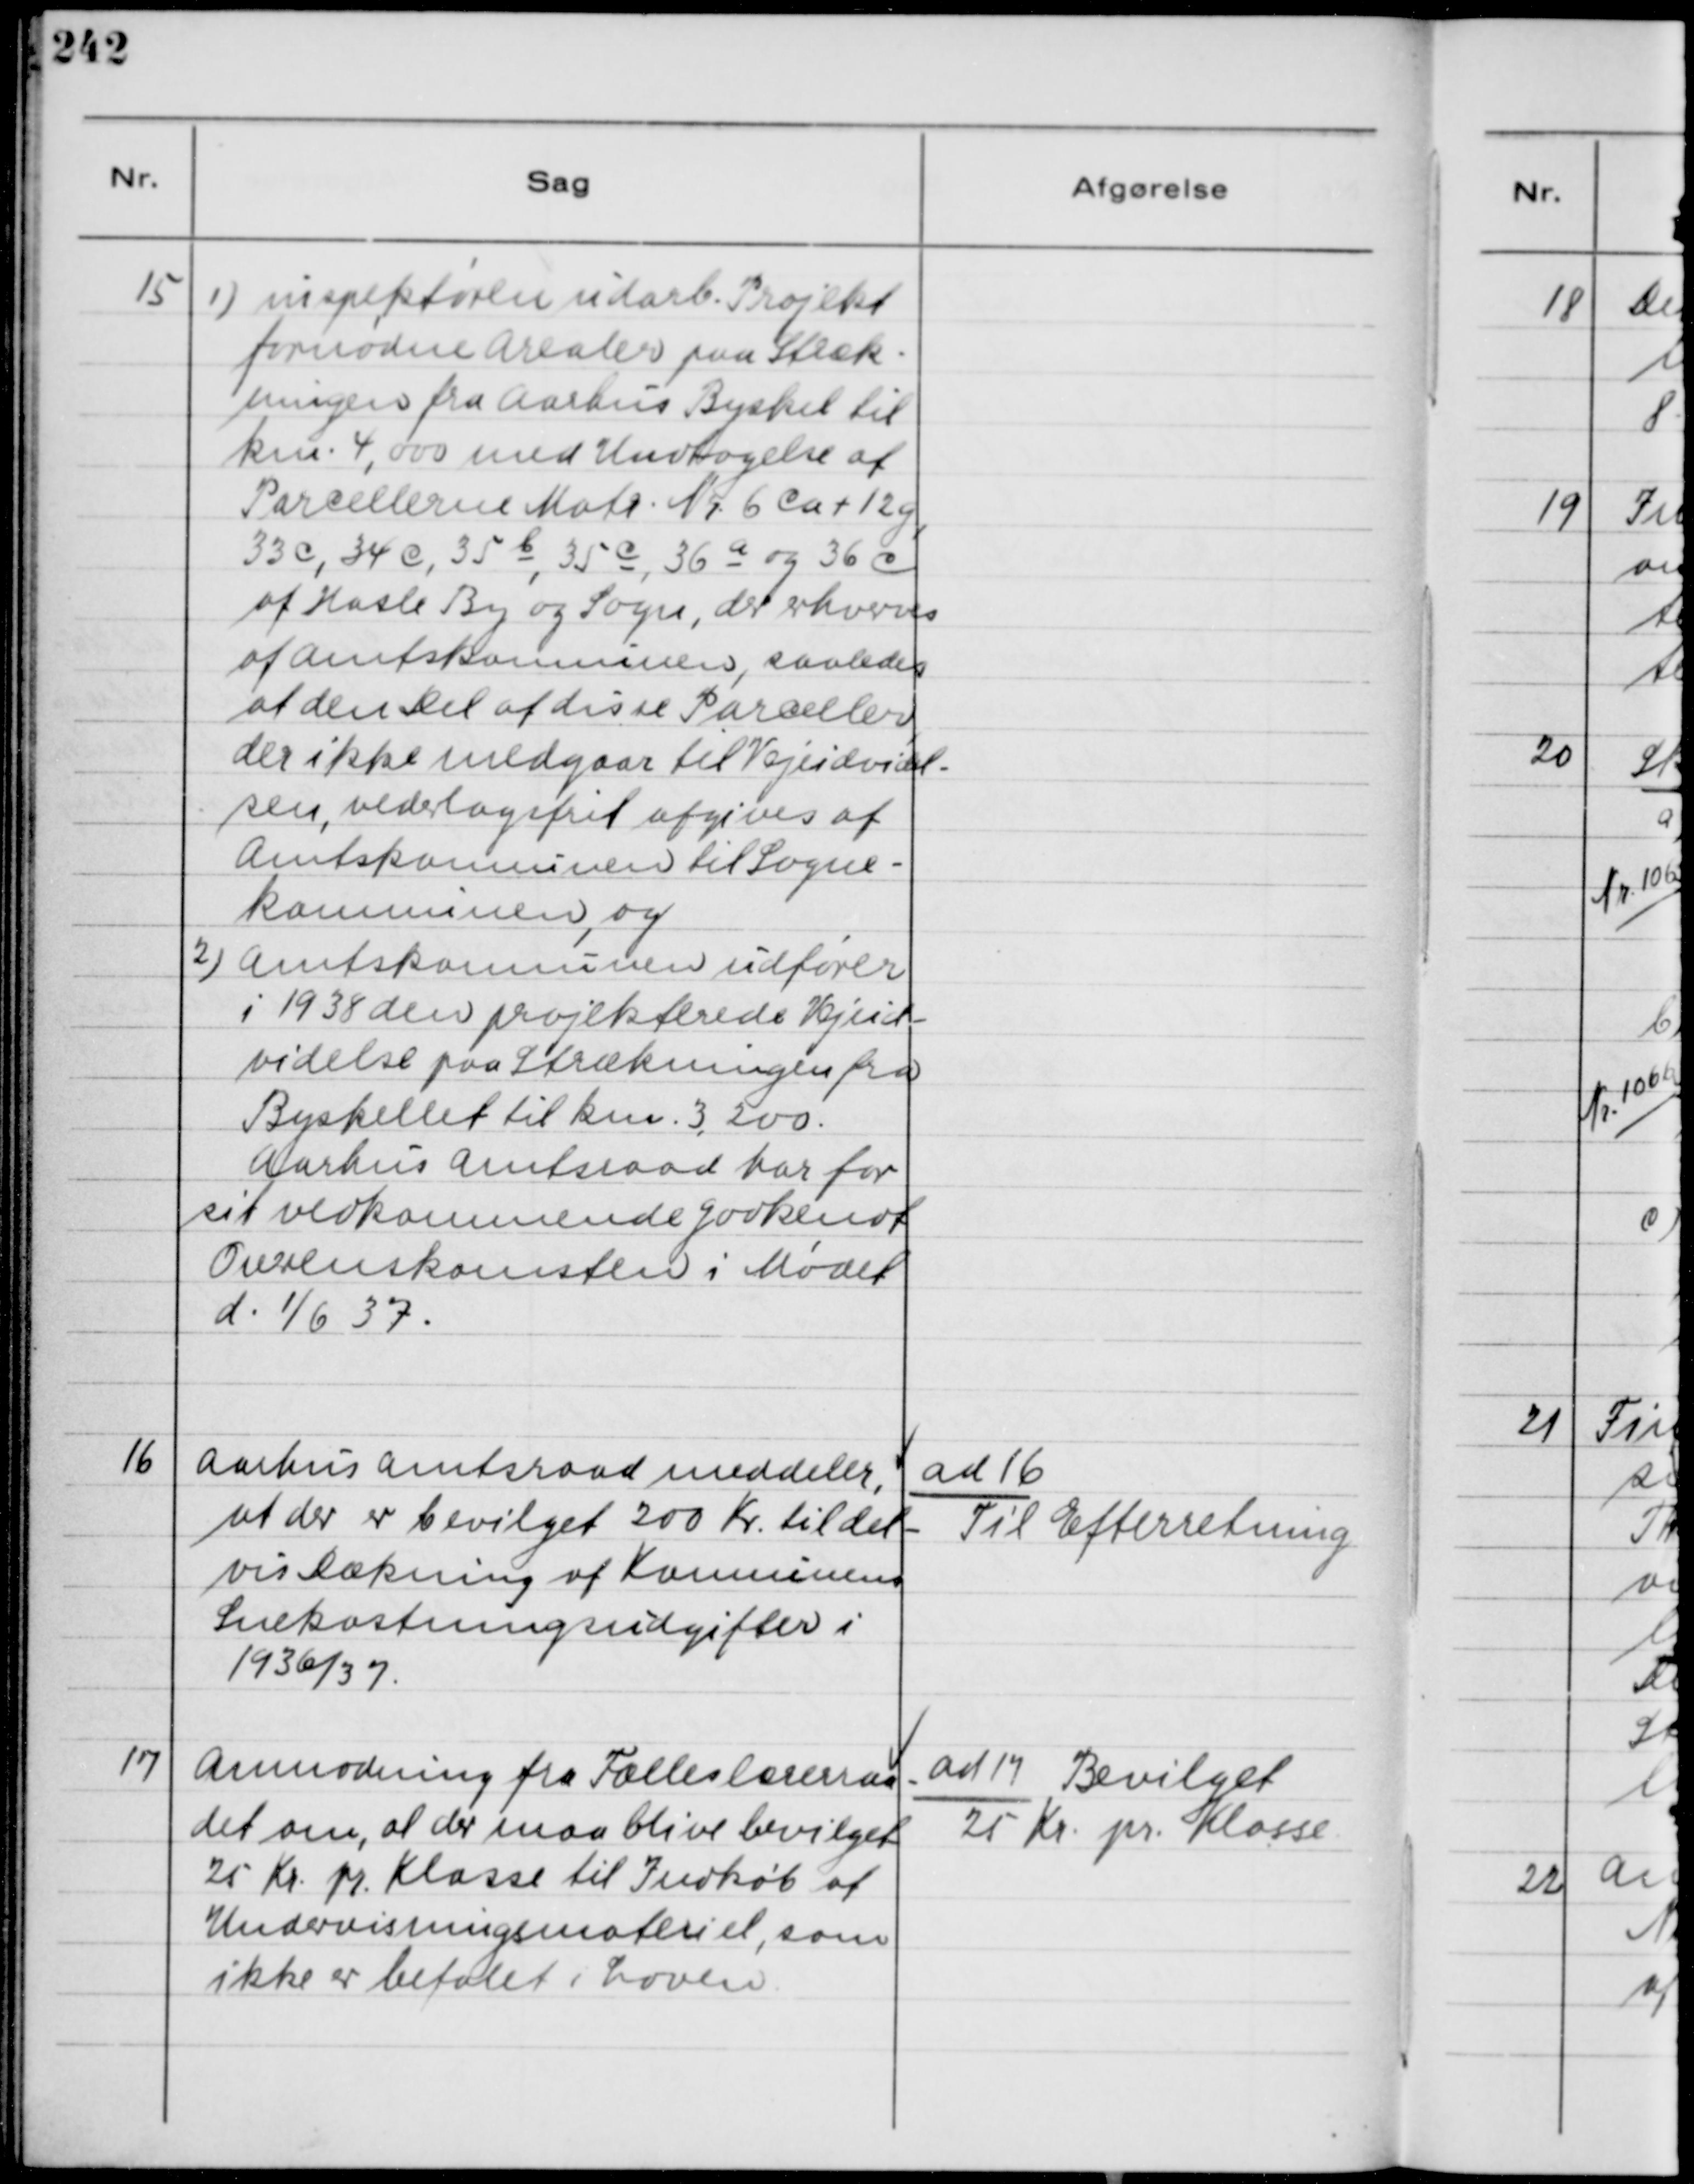
Transskription:
15
1) inspektøren udarb. Projekt
fornødne Arealer paa Stræk-
ningen fra Aarhus Byskel til
km. 4,000 med Undtagelse af
Parcellerne Matr. Nr. 6 ca + 12 g,
33 c, 34 c, 35 b, 35 c, 36 a og 36 c
af Hasle By og Sogn, der erhverves
af Amtskomunen, saaledes
af den Del af disse Parceller
der ikke medgaar til Vejudvidel-
sen, vedeslagsfrit afgives af
Amtskonnunen til Sogne-
Komnuen, og
2) Amtskomnunen udfører
i 1938 den projekterede Vejud-
videlse paa Strækningen fra
Byskellet til km. 3,200.
Aarhus Amtsraad har for
sit vedkommende godkendt
Overenskomsten i Mødet
d. 1/6 37.

16
Aarhus Amtsraad meddeler,
at der er bevilget 200 Kr. til del-
vis Dækning af Konnunens
Snekastningsudgifter i
1936/37.

ad 16
Til Efterretning.

17
Anmodning fra Fælleslærerraa-
det om, at der maa blive bevilget
25 Kr. pr. Klasse til Indkøb af
Undervisningsmateriel, som
ikke er befalet i Loven.

ad 17 Bevilget
25 Kr. pr. Klasse